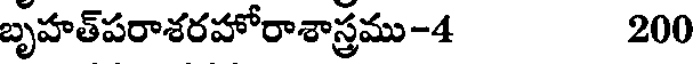
బృహత్పరాశరహోరాశాస్త్రము-4 200